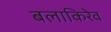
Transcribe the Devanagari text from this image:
बलाकिरेव